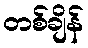
တစ်ချိန်